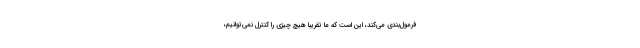
فرمول‌بندی می‌کند، این است که ما تقریبا هیچ چیزی را کنترل نمی‌توانیم،